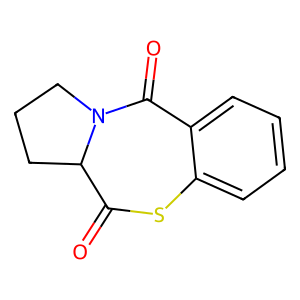
SMILES: O=C1Sc2ccccc2C(=O)N2CCCC12
Inhibits HIV replication: No